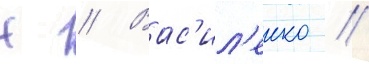
Н // Вас'ил'енко //